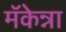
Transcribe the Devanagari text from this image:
मॅकेन्ना